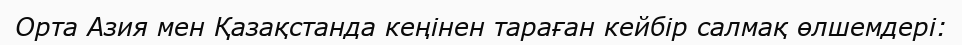
Орта Азия мен Қазақстанда кеңінен тараған кейбір салмақ өлшемдері: